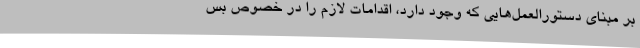
بر مبنای دستورالعمل‌هایی که وجود دارد، اقدامات لازم را در خصوص بس